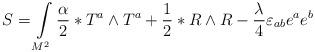
LaTeX: \begin{align*}S= \int\limits_{M^{2}}^{} {\alpha \over 2} \ast T^{a} \wedge T^{a} +{1 \over 2} \ast R \wedge R - {\lambda^{} \over 4} \varepsilon_{ab} e^{a} e^{b}\end{align*}